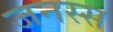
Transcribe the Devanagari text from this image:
जनस्स